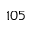
1 0 5